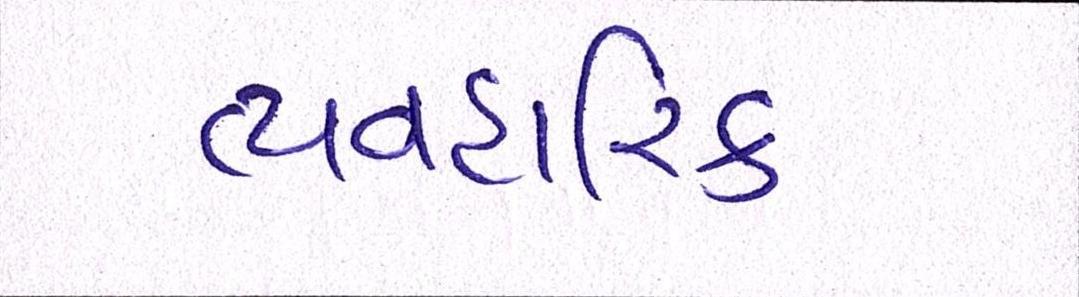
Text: વ્યવહારિક